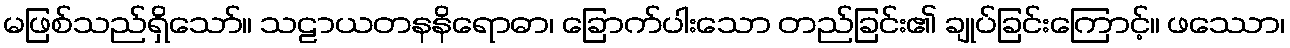
မဖြစ်သည်ရှိသော်။ သဠာယတနနိရောဓာ၊ ခြောက်ပါးသော တည်ခြင်း၏ ချုပ်ခြင်းကြောင့်။ ဖဿော၊